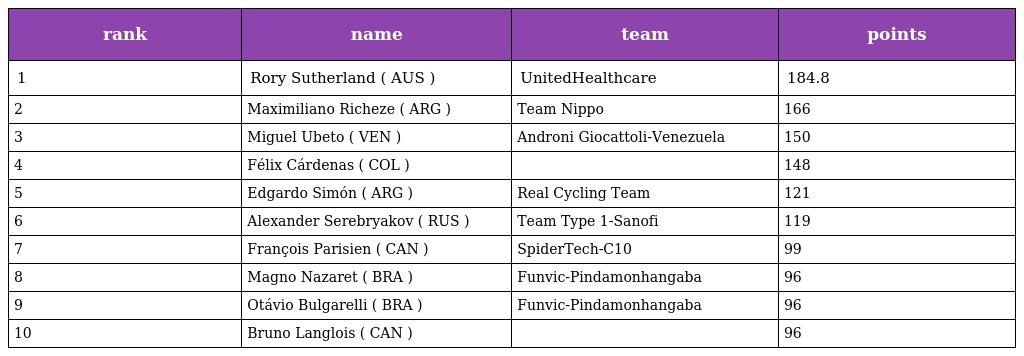
| rank | name | team | points |
 | --- | --- | --- | --- |
 | 1 | Rory Sutherland ( AUS ) | UnitedHealthcare | 184.8 |
 | 2 | Maximiliano Richeze ( ARG ) | Team Nippo | 166 |
 | 3 | Miguel Ubeto ( VEN ) | Androni Giocattoli-Venezuela | 150 |
 | 4 | Félix Cárdenas ( COL ) |  | 148 |
 | 5 | Edgardo Simón ( ARG ) | Real Cycling Team | 121 |
 | 6 | Alexander Serebryakov ( RUS ) | Team Type 1-Sanofi | 119 |
 | 7 | François Parisien ( CAN ) | SpiderTech-C10 | 99 |
 | 8 | Magno Nazaret ( BRA ) | Funvic-Pindamonhangaba | 96 |
 | 9 | Otávio Bulgarelli ( BRA ) | Funvic-Pindamonhangaba | 96 |
 | 10 | Bruno Langlois ( CAN ) |  | 96 |